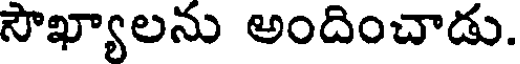
సౌఖ్యాలను అందించాడు.